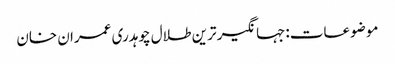
موضوعات:جہانگیر ترین طلال چوہدری عمران خان